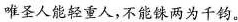
唯圣人能轻重人，不能铢两为千钧。